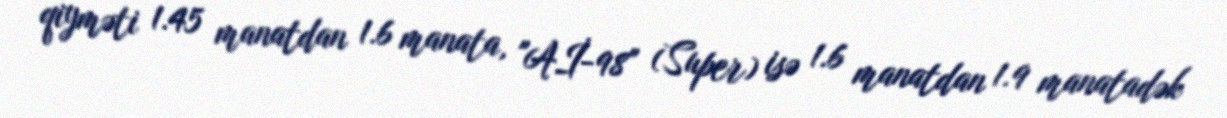
qiyməti 1.45 manatdan 1.6 manata, "Aİ-98" (Super) isə 1.6 manatdan 1.9 manatadək